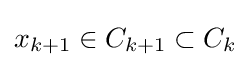
x_{k+1}\in C_{k+1}\subset C_{k}